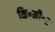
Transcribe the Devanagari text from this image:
कि॰मी॰२